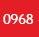
0968